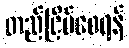
တည်ငြိမ်စေရန်